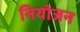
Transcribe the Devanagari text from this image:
नियोजन